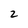
Character: 2